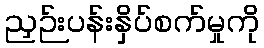
ညှဉ်းပန်းနှိပ်စက်မှုကို